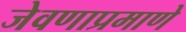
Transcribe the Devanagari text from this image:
जेवणाप्रमाणे